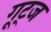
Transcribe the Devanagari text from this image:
गूट्ज